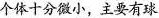
个体十分微小，主要有球